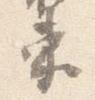
束